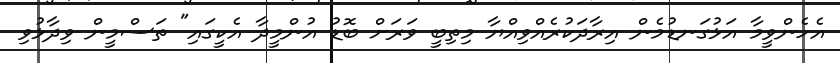
އެހެންވީމާ އަޅުގަނޑުމެން އިރާދަކުރެއްވިއްޔާ މިތިބީ ވަރަށް ބޮޑު އުންމީދާ އެކީގައި" ތަސްމީން ވިދާޅުވި